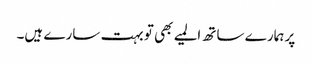
پر ہمارے ساتھ المیے بھی تو بہت سارے ہیں۔